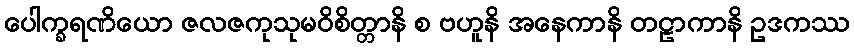
ပေါက္ခရဏိယော ဇလဇကုသုမဝိစိတ္တာနိ စ ဗဟူနိ အနေကာနိ တဠာကာနိ ဥဒကဿ